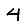
Digit: 4